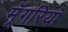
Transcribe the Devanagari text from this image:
मूँगरियाँ